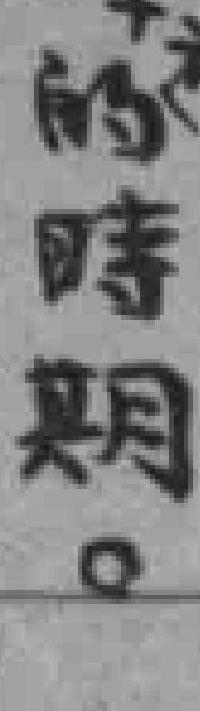
的時期。